Report on the working of the Ranchi Indian Mental Hospital, Kanke, in Bihar and Orissa - 1930-1940
Year: 1930
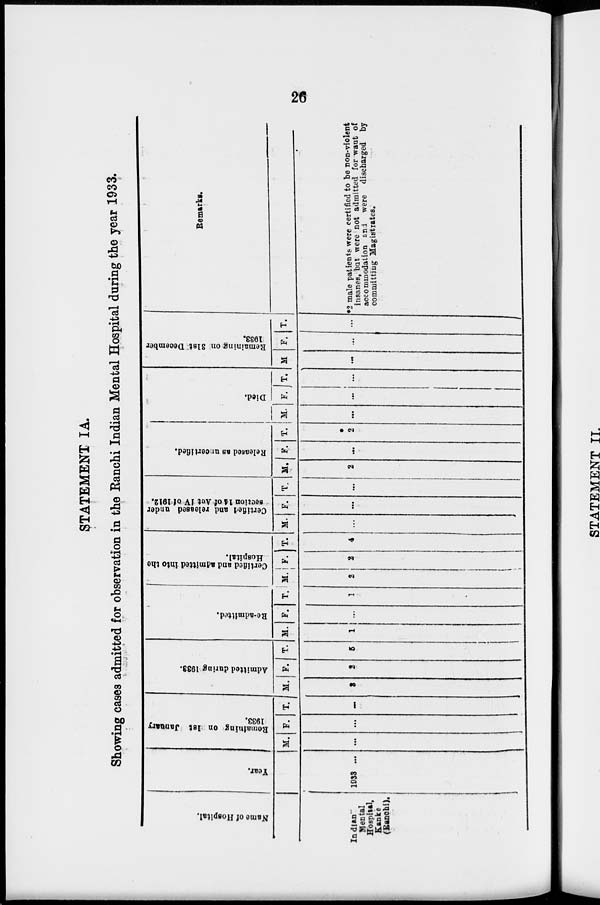
26
STATEMENT IA.
Showing cases admitted for observation in the Ranchi Indian Mental Hospital during the year 1933.
Name of Hospital.
Indian
Mental
Hospital,
Kanke
(Ranchi).
Year.
1933 ...
Remaining on 1st January
1933.
M.
...
F.
...
T.
...
Admitted during 1933.
M.
3
F.
2
T.
5
Re-admitted.
M.
1
F.
...
T.
1
Cer t
i
f i
ed and a d mi t t e d i nt o the
Hos pi t
al .
M.
2
F.
2
T.
4
Certified and released under
section 14 of Act IV of 1912.
M.
...
F.
...
T.
...
Released as uncertified.
M.
2
F.
...
Died.
T.
*
2
M.
...
F.
...
T.
...
Remaining on 31st December
1933.
M.
...
F.
...
T.
...
Remarks.
* 2 male patients were certified to be non-violent
insanes, but were not admitted for want of
accommodation and were discharged by
committing Magistrates.